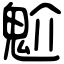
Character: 魀